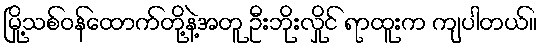
မြို့သစ်ဝန်ထောက်တို့နဲ့အတူ ဦးဘိုးလှိုင် ရာထူးက ကျပါတယ်။